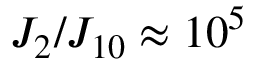
J _ { 2 } / J _ { 1 0 } \approx 1 0 ^ { 5 }